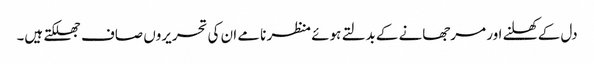
دل کے کھلنے اور مرجھانے کے بدلتے ہوئے منظر نامے ان کی تحریروں صاف جھلکتے ہیں۔